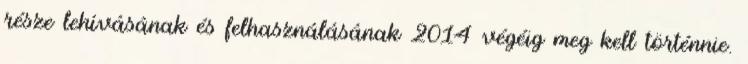
része lehívásának és felhasználásának 2014 végéig meg kell történnie.